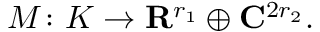
M \colon K \to \mathbf { R } ^ { r _ { 1 } } \oplus \mathbf { C } ^ { 2 r _ { 2 } } .